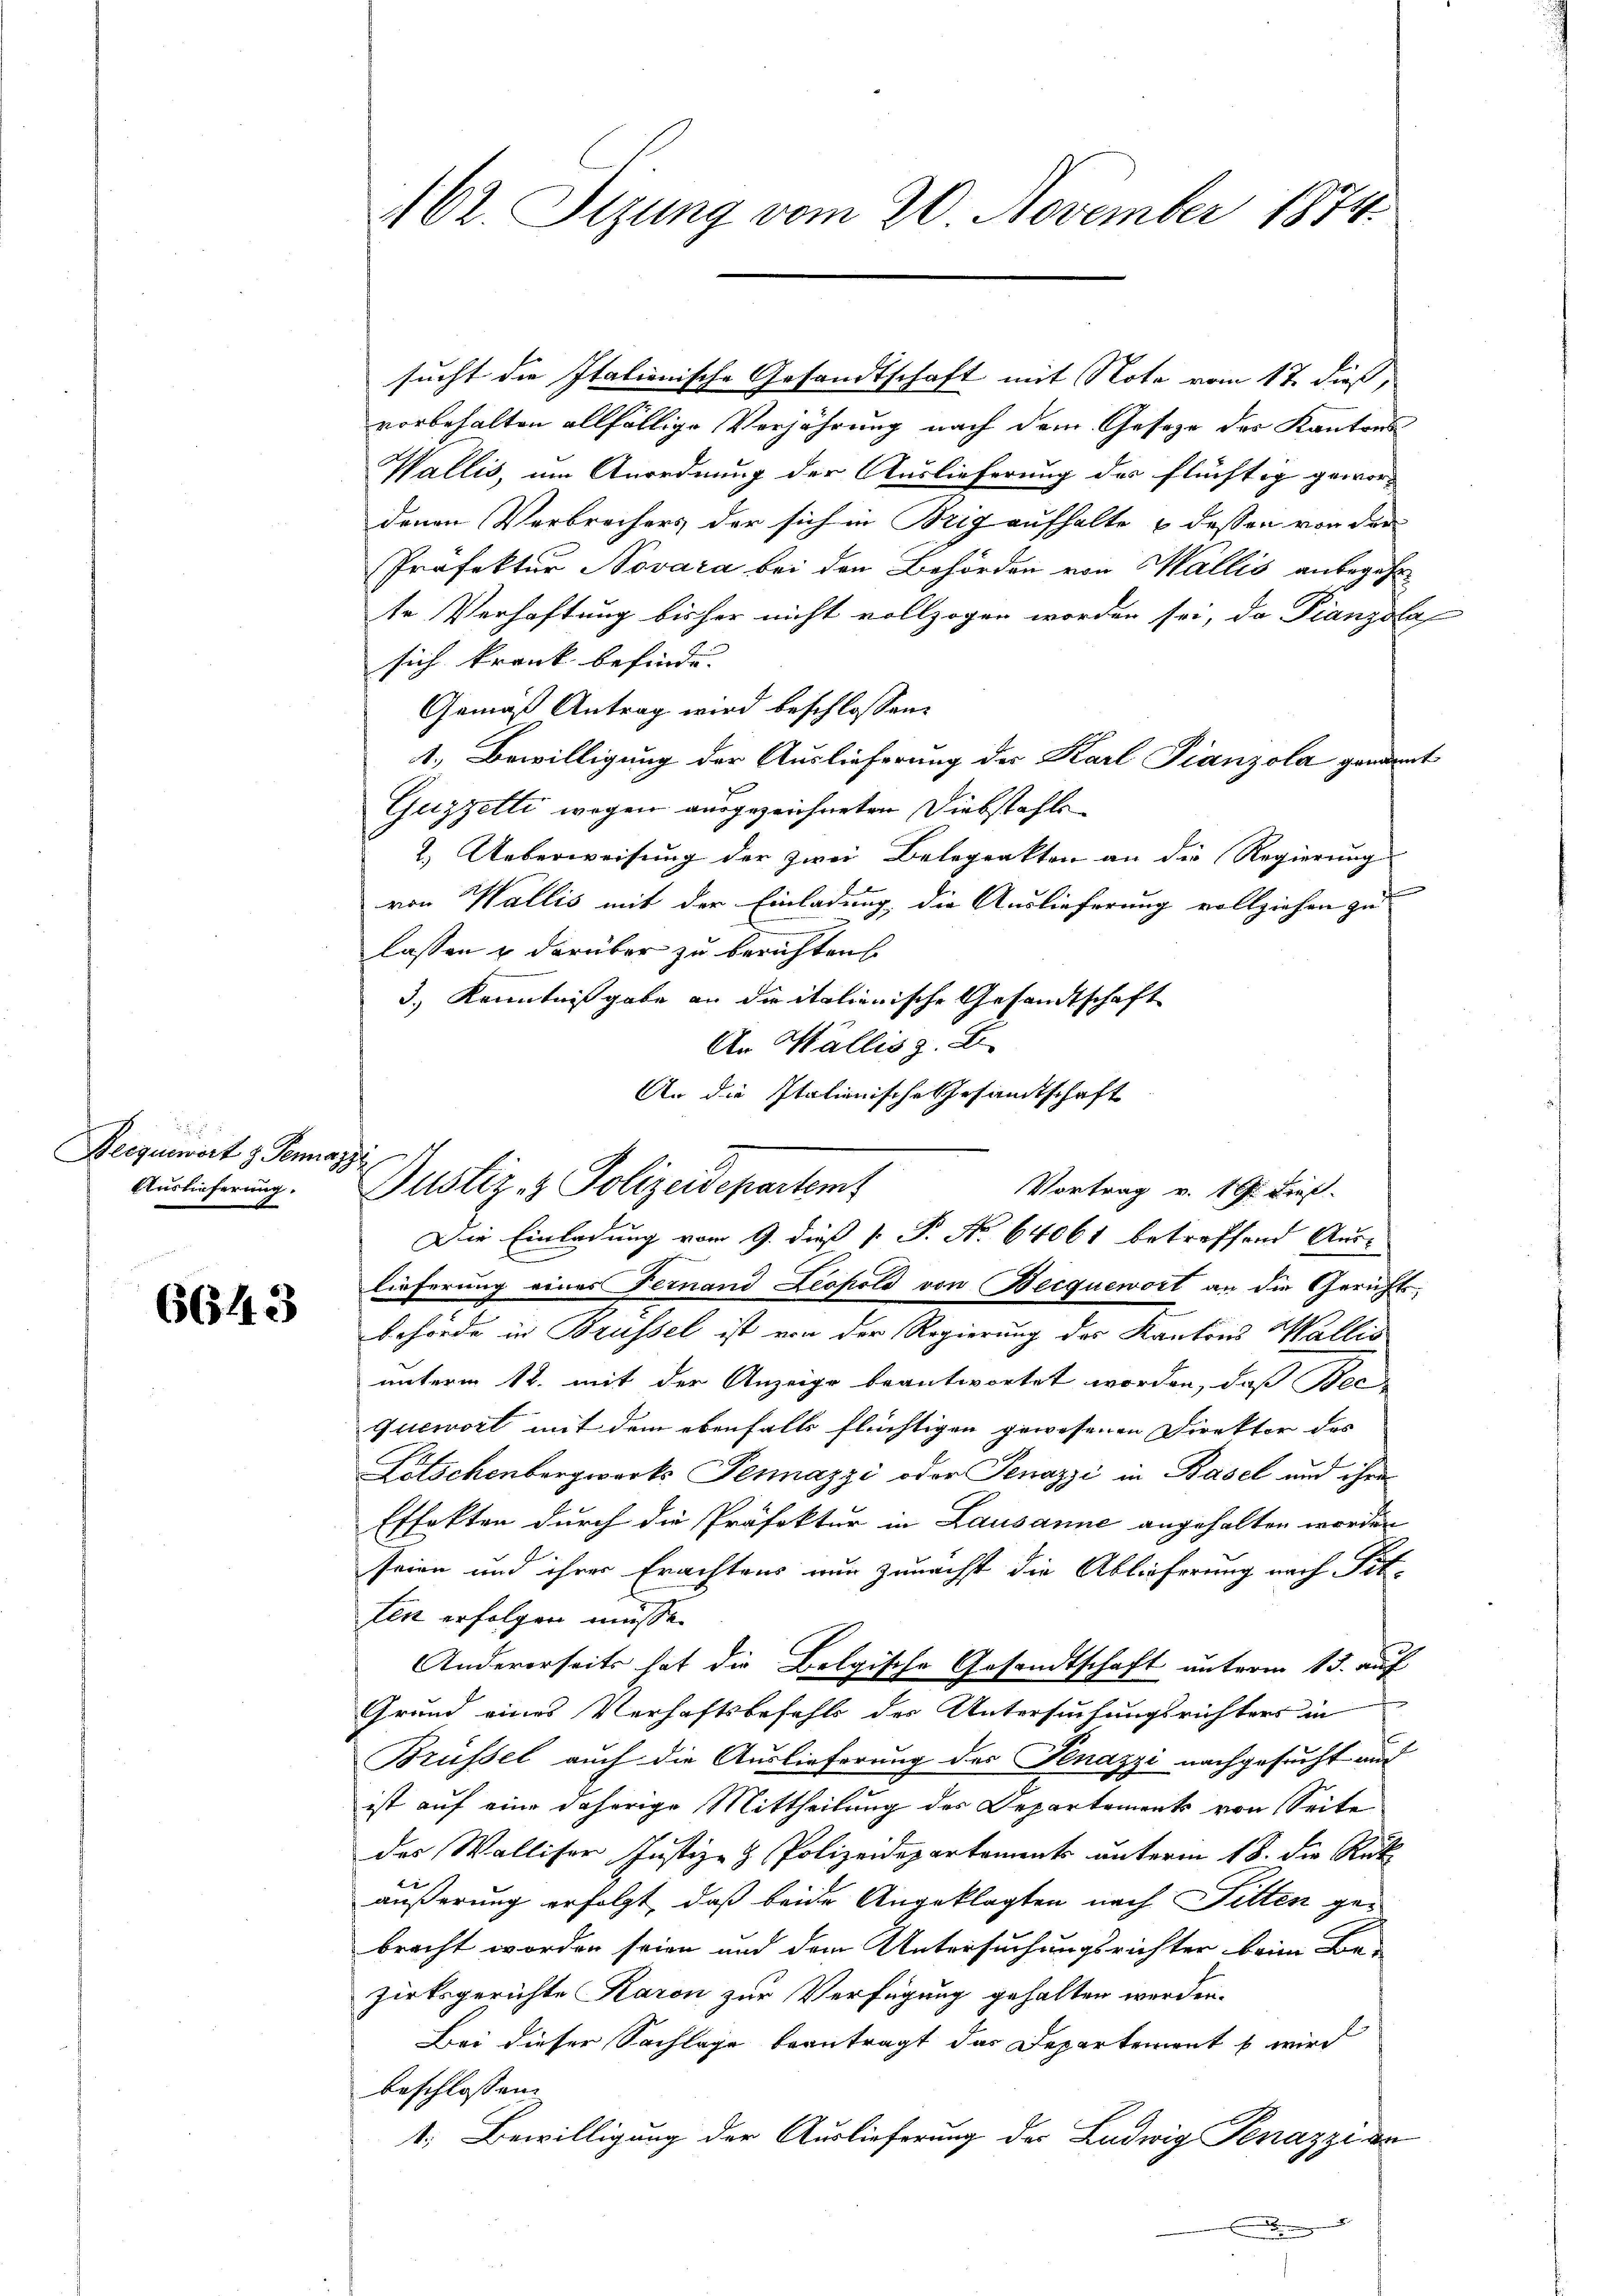
Beegenwort & Senazze
Auslieferung,

6643

462. Sizung vom 20. November 1874.

sucht die Italienische Gesandtschaft mit Note vom 17. dieß,
vorbehalten allfällige Verjährung nach dem Geseze des Kantons
Wallis, um Anordnung der Auslieferung des flüchtig gewordenen Verbrechers der sich in Brig aufhalte & dessen von der
Präfektur Novara bei den Behörden von Wallis anbegehr
te Verhaftung bisher nicht vollzogen worden sei, da Pianzola
sich krank befinde. |
Gemäß Antrag wird beschlossen:
1.) Bewilligung der Auslieferung des Karl Pianzola genannt
Guzzetti wegen ausgezeichneten Diebstahls
2. Ueberweisung der zwei Belegrakten an die Regierung
von Wallis mit der Einladung die Auslieferung vollziehen zu
lassen & darüber zu berichten
3.) Kenntnißgabe an die italienische Gesandtschaft
An Wallis z. B.
An die Italienische Gesamtschaft
lieferung eines Fernand Leopold von Becquewort an die Gerichts¬
Behörde in Brüssel ist von der Regierung des Kantons Wallis
unterm 12. mit der Anzeige beantwortet worden, daß Bec-
Quemort mit dem ebenfalls flüchtigen gewesenen Direktor des
Lötschenbergwerks Pennazzi oder Tenazzi in Basel und ihre
Effekten durch die Präfektur in Lausanne angehalten worden
seien und ihrer Erachtens nur zunächst die Ablieferung nach Tit.
tent erfolgen müsse.
Andererseits hat die Belgische Gesandtschaft unterm 15. auf
Grund eines Verhaftsbefahls der Untersuchungsrichters in
Brüssel auch die Auslieferung des Penazzi nachgesucht auf
ist auf eine daherige Mittheilung des Departements von Seite
des Walliser Justiz- & Polizeidepartements unterm 18. die Rük
äußerung erfolgt, daß beide Angeklagten nach Fitten gebracht worden seien und dem Untersuchungsrichter beim Be-
zirksgerichte Karon zur Verfügung gehalten werden.
Bei dieser Sachlage beantragt das Departement b wird
beschlossen:
1; Bewilligung der Auslieferung der Ludwig Penazzi de

Justiz- & Polizeidepartem
Die Einladung vom 9. dieß [ P. No 64061 betreffend Aus¬

Vortrag v. 19. dies